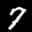
Label: 7